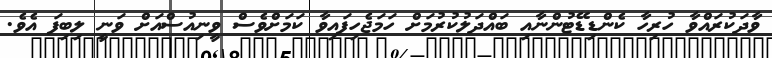
ވާދަކުރައްވާ ހުރިހާ ކެންޑިޑޭޓުންނާއި ބައްދަލުކުރުމަށް ހަމަޖެހިފައިވާ ކަމަށްވެސް ވީނިއުސްއަށް ވަނީ ލިބިފަ އެވެ.